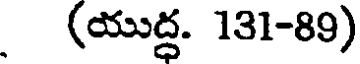
(యుద్ధ. 131-89)